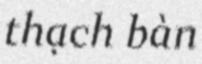
thạch bàn